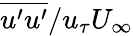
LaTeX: \overline{{u^{\prime}u^{\prime}}}/u_{\tau}U_{\infty}